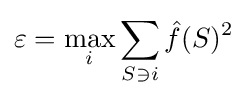
\varepsilon =\max _{i}\sum _{S\ni i}{\hat {f}}(S)^{2}